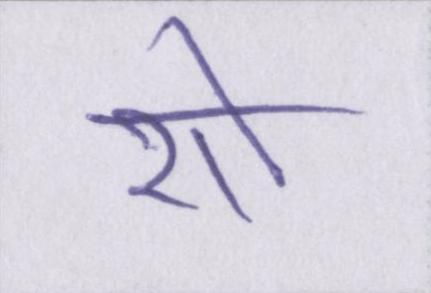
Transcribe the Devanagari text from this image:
शो